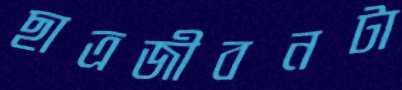
ছাত্রজীবনটা